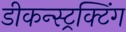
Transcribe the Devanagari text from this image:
डीकन्स्ट्रक्टिंग